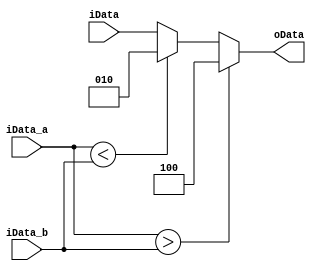
module DataCompare4 (input [3:0] iData_a,
                     input [3:0] iData_b,
                     input [2:0] iData,
                     output [2:0] oData);
reg[2:0] oDataReg;
always @(*) begin
    if (iData_a>iData_b)
        oDataReg = 3'b100;
    else if (iData_a<iData_b)
        oDataReg = 3'b010;
    else
        oDataReg = iData;
end
assign oData = oDataReg;

endmodule